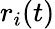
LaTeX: r_{i}(t)